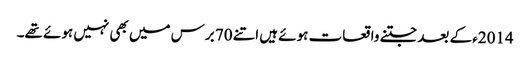
2014ء کے بعد جتنے واقعات ہوئے ہیں اتنے 70 برس میں بھی نہیں ہوئے تھے۔